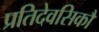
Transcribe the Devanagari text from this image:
प्रतिदेवसिकौ